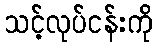
သင့်လုပ်ငန်းကို